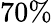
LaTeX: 70\%